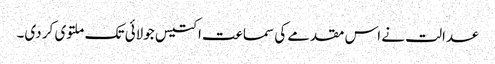
عدالت نے اس مقدمے کی سماعت اکتیس جولائی تک ملتوی کر دی۔